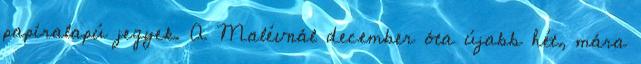
papíralapú jegyek. A Malévnál december óta újabb hét, mára